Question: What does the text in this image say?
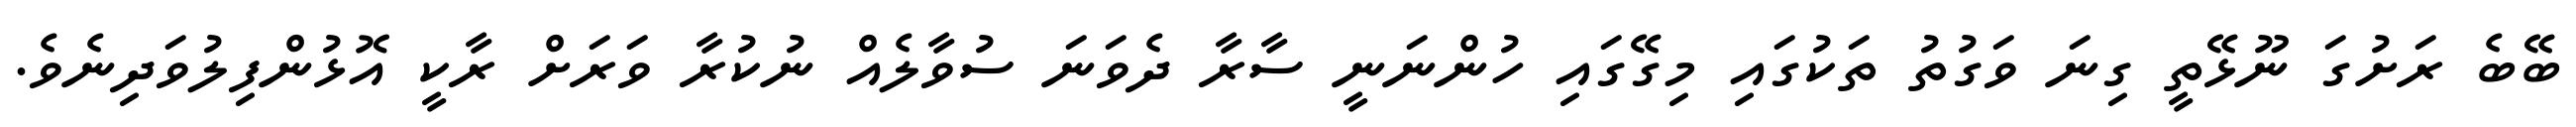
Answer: ބޭބެ ރަށުގަ ނޫޅޭތީ ގިނަ ވަގުތު ތަކުގައި މިގޭގައި ހުންނަނީ ސާރާ ދެވަނަ ސުވާލެއް ނުކުރާ ވަރަށް ރާކީ އޮޅުންފިލުވަދިނެވެ.